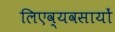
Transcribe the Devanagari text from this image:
लिएव्यवसायों